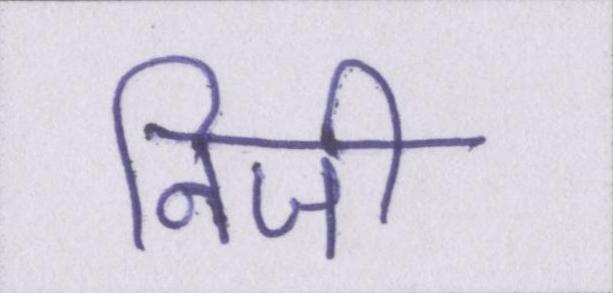
निजी